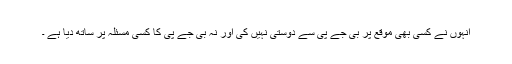
انہوں نے کسی بھی موقع پر بی جے پی سے دوستی نہیں کی اور نہ بی جے پی کا کسی مسئلہ پر ساتھ دیا ہے ۔